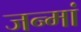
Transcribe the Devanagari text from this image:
जन्मां